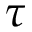
\tau